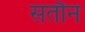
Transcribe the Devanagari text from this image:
सतौन